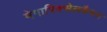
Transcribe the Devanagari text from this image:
मेगापिक्सेलकैमरा